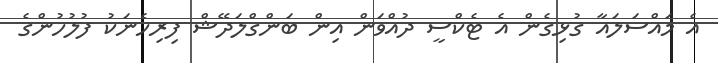
އެ މައްސަލައާ ގުޅިގެން އެ ޓެކްސީ ދުއްވަން އިން ބަންގްލަދޭޝް ފިރިހެނަކު ފުލުހުންގެ